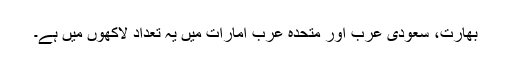
بھارت، سعودی عرب اور متحدہ عرب امارات میں یہ تعداد لاکھوں میں ہے۔